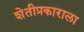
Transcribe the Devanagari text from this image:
शेतीप्रकाराला